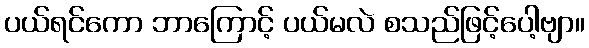
ပယ်ရင်ကော ဘာကြောင့် ပယ်မလဲ စသည်ဖြင့်ပေါ့ဗျာ။